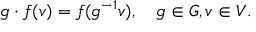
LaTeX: g \cdot f ( v ) = f ( g ^ { - 1 } v ) , \quad g \in G , v \in V .